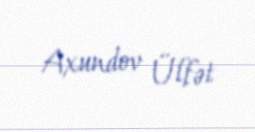
Axundov Ülfət